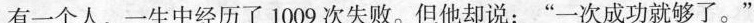
有一个人，一生中经历了1009次失败。但他却说：”一次成功就够了。